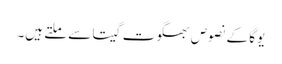
یوگا کے نصوص بھگوت گیتا سے ملتے ہیں۔